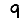
Digit: 9